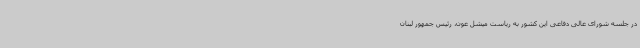
در جلسه شورای عالی دفاعی این کشور به ریاست میشل عون، رئیس جمهور لبنان